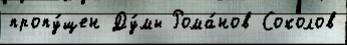
пропу́щен Ду́мы Рома́нов Соколов